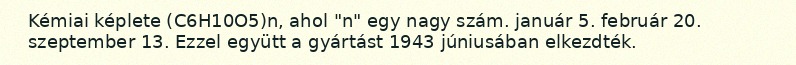
Kémiai képlete (C6H10O5)n, ahol "n" egy nagy szám. január 5. február 20. szeptember 13. Ezzel együtt a gyártást 1943 júniusában elkezdték.